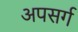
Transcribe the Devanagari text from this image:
अपसर्ग